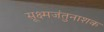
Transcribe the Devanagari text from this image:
सूक्ष्मजंतुनाशक